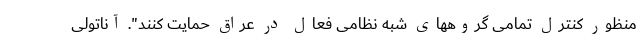
منظور کنترل تمامی گروههای شبه نظامی فعال در عراق حمایت کنند". آناتولی